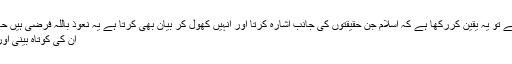
اسلام اور سائنس کو متصادم قراردینے والوں نے تو یہ یقین کررکھا ہے کہ اسلام جن حقیقتوں کی جانب اشارہ کرتا اور انہیں کھول کر بیان بھی کرتا ہے یہ نعوذ باللہ فرضی ہیں حالانکہ یہ لوگ فرض المرض میں گرفتار ہیں ،
ان کی کوتاہ بینی اور تنگ دلی انہیں اسلام کو سمجھنے نہیں دیتی ۔